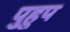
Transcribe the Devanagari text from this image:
पुहुप